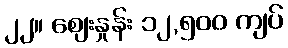
၂၂။ ဈေးနှုန်း ၁၂,၅၀၀ ကျပ်